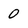
Character: 0